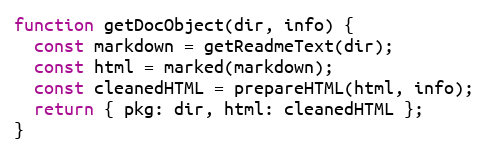
Language: JavaScript
function getDocObject(dir, info) {
  const markdown = getReadmeText(dir);
  const html = marked(markdown);
  const cleanedHTML = prepareHTML(html, info);
  return { pkg: dir, html: cleanedHTML };
}